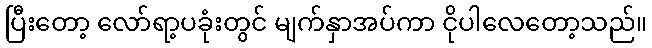
ပြီးတော့ လော်ရာ့ပခုံးတွင် မျက်နှာအပ်ကာ ငိုပါလေတော့သည်။